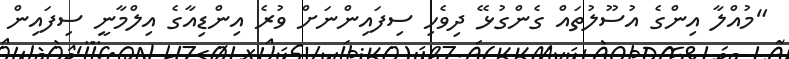
"މުއްލާ އިންގެ އުސޫލުތައް ގެންގުޅޭ ދިވެހި ސިފައިންނަށް ވުރެ އިންޑިއާގެ އިލްމާނީ ސިފައިން